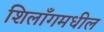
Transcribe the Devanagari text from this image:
शिलाँगमधील